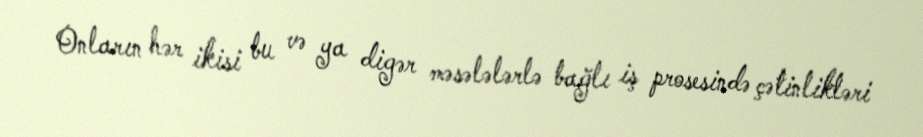
Onların hər ikisi bu və ya digər məsələlərlə bağlı iş prosesində çətinlikləri